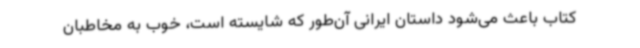
کتاب باعث می‌شود داستان ایرانی آن‌طور که شایسته است، خوب به مخاطبان